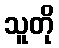
သူတို